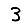
Digit: 3